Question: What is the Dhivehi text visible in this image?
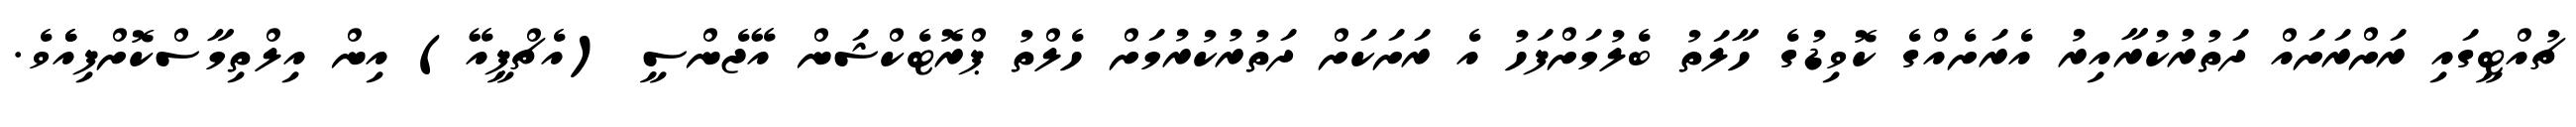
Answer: ޗުއްޓީގައި ރަށްރަށައް ދަތުރުކުރާއިރު އެރަށެއްގެ ކޮވިޑުގެ ހާލަތު ބެލުމަށްފަހު އެ ރަށަކަށް ދަތުރުކުރުމަށް ހެލްތު ޕްރޮޓެކްޝަން އޭޖެންސީ (އެޗްޕީއޭ) އިން އިލްތިމާސްކޮށްފިއެެވެ.